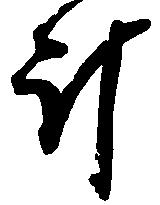
斗